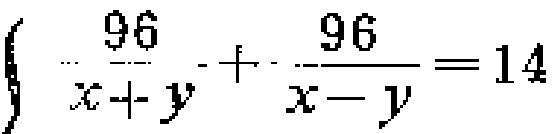
$\left\{\begin{array}{l}\frac{96}{x + y}+\frac{96}{x - y}=14\end{array}\right.$